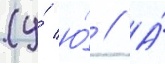
(у́ ю́ // А́